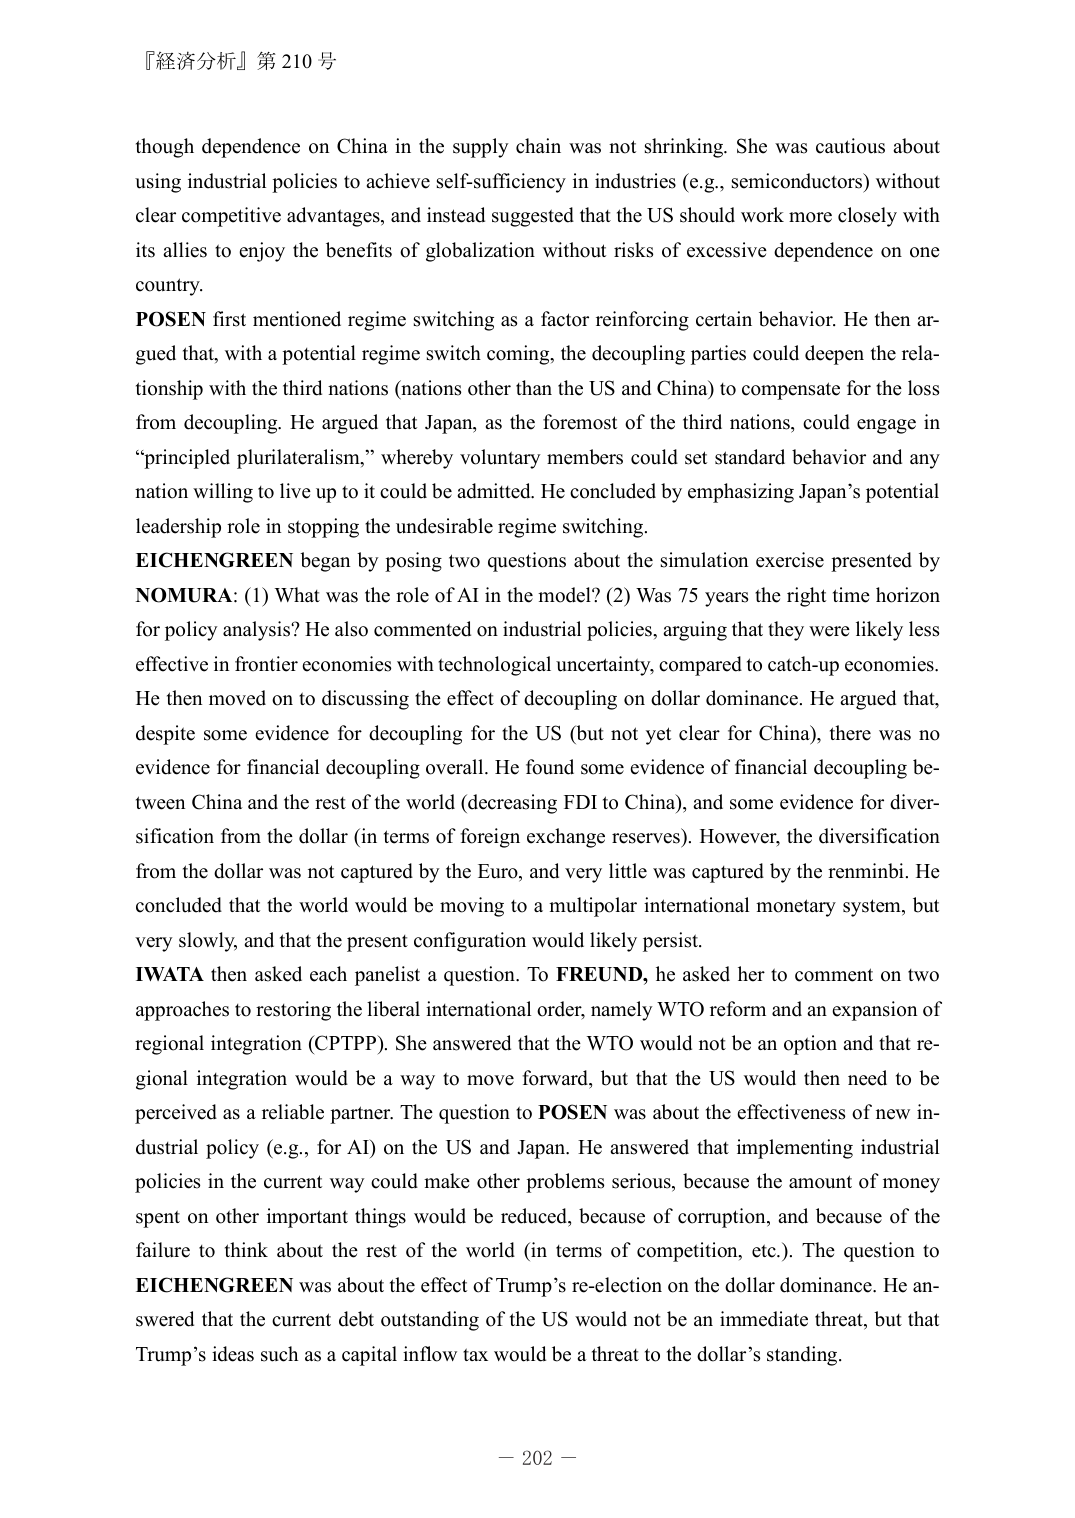
『経済分析』第210号

though dependence on China in the supply chain was not shrinking. She was cautious about using industrial policies to achieve self-sufficiency in industries (e.g., semiconductors) without clear competitive advantages, and instead suggested that the US should work more closely with its allies to enjoy the benefits of globalization without risks of excessive dependence on one country.

POSEN first mentioned regime switching as a factor reinforcing certain behavior. He then argued that, with a potential regime switch coming, the decoupling parties could deepen the relationship with the third nations (nations other than the US and China) to compensate for the loss from decoupling. He argued that Japan, as the foremost of the third nations, could engage in “principled plurilateralism,” whereby voluntary members could set standard behavior and any nation willing to live up to it could be admitted. He concluded by emphasizing Japan’s potential leadership role in stopping the undesirable regime switching.

EICHENGREEN began by posing two questions about the simulation exercise presented by NOMURA: (1) What was the role of AI in the model? (2) Was 75 years the right time horizon for policy analysis? He also commented on industrial policies, arguing that they were likely less effective in frontier economies with technological uncertainty, compared to catch-up economies. He then moved on to discussing the effect of decoupling on dollar dominance. He argued that, despite some evidence for decoupling for the US (but not yet clear for China), there was no evidence for financial decoupling overall. He found some evidence of financial decoupling between China and the rest of the world (decreasing FDI to China), and some evidence for diversification from the dollar (in terms of foreign exchange reserves). However, the diversification from the dollar was not captured by the Euro, and very little was captured by the renminbi. He concluded that the world would be moving to a multipolar international monetary system, but very slowly, and that the present configuration would likely persist.

IWATA then asked each panelist a question. To FREUND, he asked her to comment on two approaches to restoring the liberal international order, namely WTO reform and an expansion of regional integration (CPTPP). She answered that the WTO would not be an option and that regional integration would be a way to move forward, but that the US would then need to be perceived as a reliable partner. The question to POSEN was about the effectiveness of new industrial policy (e.g., for AI) on the US and Japan. He answered that implementing industrial policies in the current way could make other problems serious, because the amount of money spent on other important things would be reduced, because of corruption, and because of the failure to think about the rest of the world (in terms of competition, etc.). The question to EICHENGREEN was about the effect of Trump’s re-election on the dollar dominance. He answered that the current debt outstanding of the US would not be an immediate threat, but that Trump’s ideas such as a capital inflow tax would be a threat to the dollar’s standing.

— 202 —